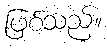
ဖြစ်သည်။